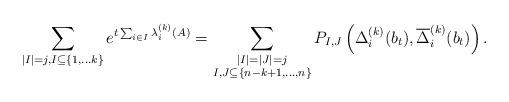
LaTeX: \begin{align*} \sum_{|I|=j, I \subseteq \{1,\ldots k\}} e^{t \sum_{i\in I}\lambda_i^{(k)}(A)} = \sum_{\substack{|I|=|J|=j\\ I,J\subseteq \{n-k+1,\ldots,n\}}} P_{I,J}\left(\Delta_i^{(k)}(b_t), \overline{\Delta}_i^{(k)}(b_t)\right).\end{align*}